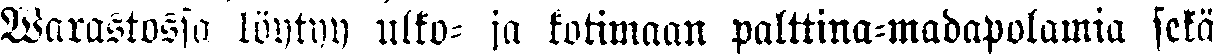
varastossa löytyy ulko- ja kotimaan palttina-madapolamia sekä